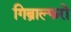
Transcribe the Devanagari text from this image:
गिब्राल्फरो